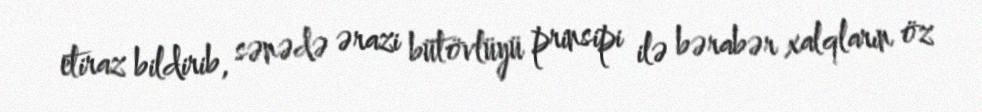
etiraz bildirib, sənədə ərazi bütövlüyü prinsipi ilə bərabər xalqların öz